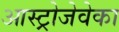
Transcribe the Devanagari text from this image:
आस्ट्रोजेवेका